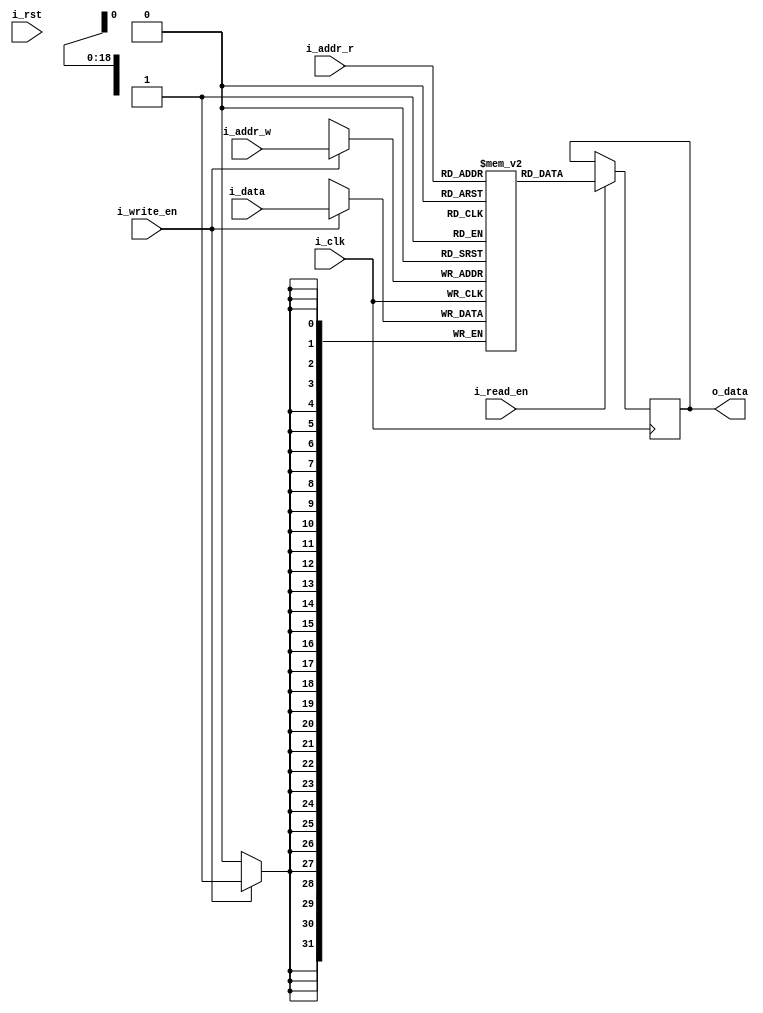
`timescale 1ns / 1ps
//assuming 64states, 4 actions, 256 s+a
//state: 5:0 action: 1:0    s+a: 7:0 
//q values stored on BRAM
module qtable #(parameter ADDR_WIDTH = 19, DATA_WIDTH = 32, DEPTH = 524288) (
    input wire i_clk,
    input wire i_rst,
    input wire [ADDR_WIDTH-1:0] i_addr_r, 
    input wire [ADDR_WIDTH-1:0] i_addr_w, 
    input wire i_read_en,
    input wire i_write_en,
    input wire [DATA_WIDTH-1:0] i_data,
    output reg [DATA_WIDTH-1:0] o_data
    //output reg [DATA_WIDTH-1:0] o_data2 
    ); 
    integer i;
    reg [DATA_WIDTH-1:0] memory_array [0:DEPTH-1]; 
        
    always @ (posedge i_clk)
    begin
           /* if (i_rst) begin   
             memory_array[0] <= 0;     
                for (i=0;i<DEPTH;i=i+1) begin
                    memory_array[i] <= 24'b0000_0000_0000_0000_0000_0000;
                end
            end*/
            if(i_write_en) begin
                memory_array[i_addr_w] <= i_data;
            end
            if(i_read_en) begin
                o_data <= memory_array[i_addr_r];
            end     
    end
endmodule